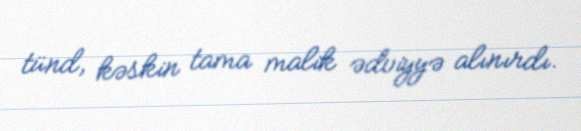
tünd, kəskin tama malik ədviyyə alınırdı.